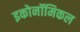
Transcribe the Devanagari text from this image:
इकोनॉमिकल